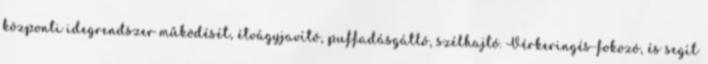
központi idegrendszer működését, étvágyjavító, puffadásgátló, szélhajtó. Vérkeringés-fokozó, és segít